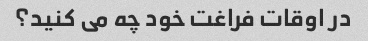
در اوقات فراغت خود چه می کنید؟